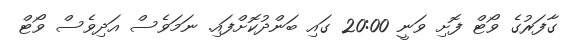
ގާފަރުގެ ވޯޓް ފޮށި ވަނީ 20:00 ގައި ބަންދުކޮށްފައި. ނަމަވެސް އަދިވެސް ވޯޓް